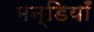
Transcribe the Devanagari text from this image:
मन्डियाँ